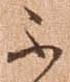
不